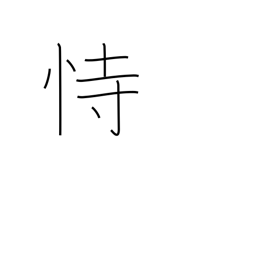
Meaning: depend on